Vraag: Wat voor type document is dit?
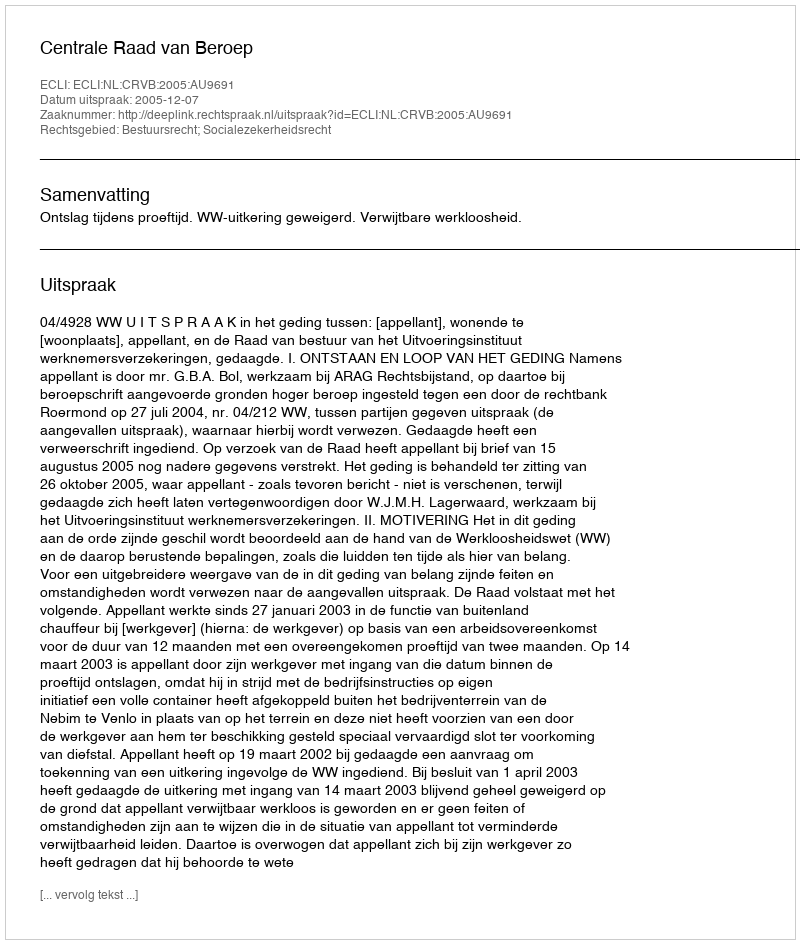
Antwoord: Uitspraak